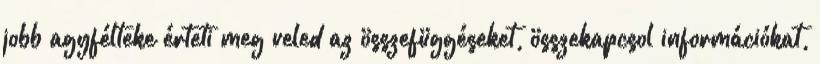
jobb agyfélteke érteti meg veled az összefüggéseket, összekapcsol információkat,